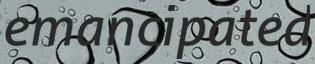
emancipated